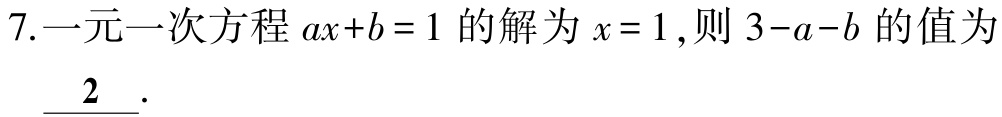
7.一元一次方程 \(ax + b = 1\) 的解为 \(x = 1\)，则 \(3 - a - b\) 的值为___\(2\)___.